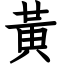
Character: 黃